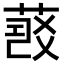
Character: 𦷠